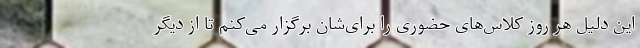
این دلیل هر روز کلاس‌های حضوری را برای‌شان برگزار می‌کنم تا از دیگر